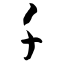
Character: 千